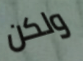
ولكن